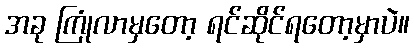
အခု ကြုံလာမှတော့ ရင်ဆိုင်ရတော့မှာပဲ။